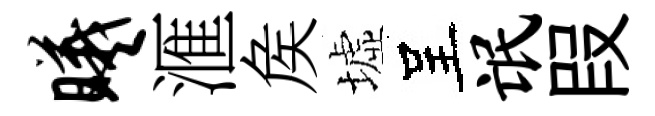
曦滙矦墟呈氓叚